Eesti_Uliopilaste_Seltsi_vilistlaskogu, lk 5
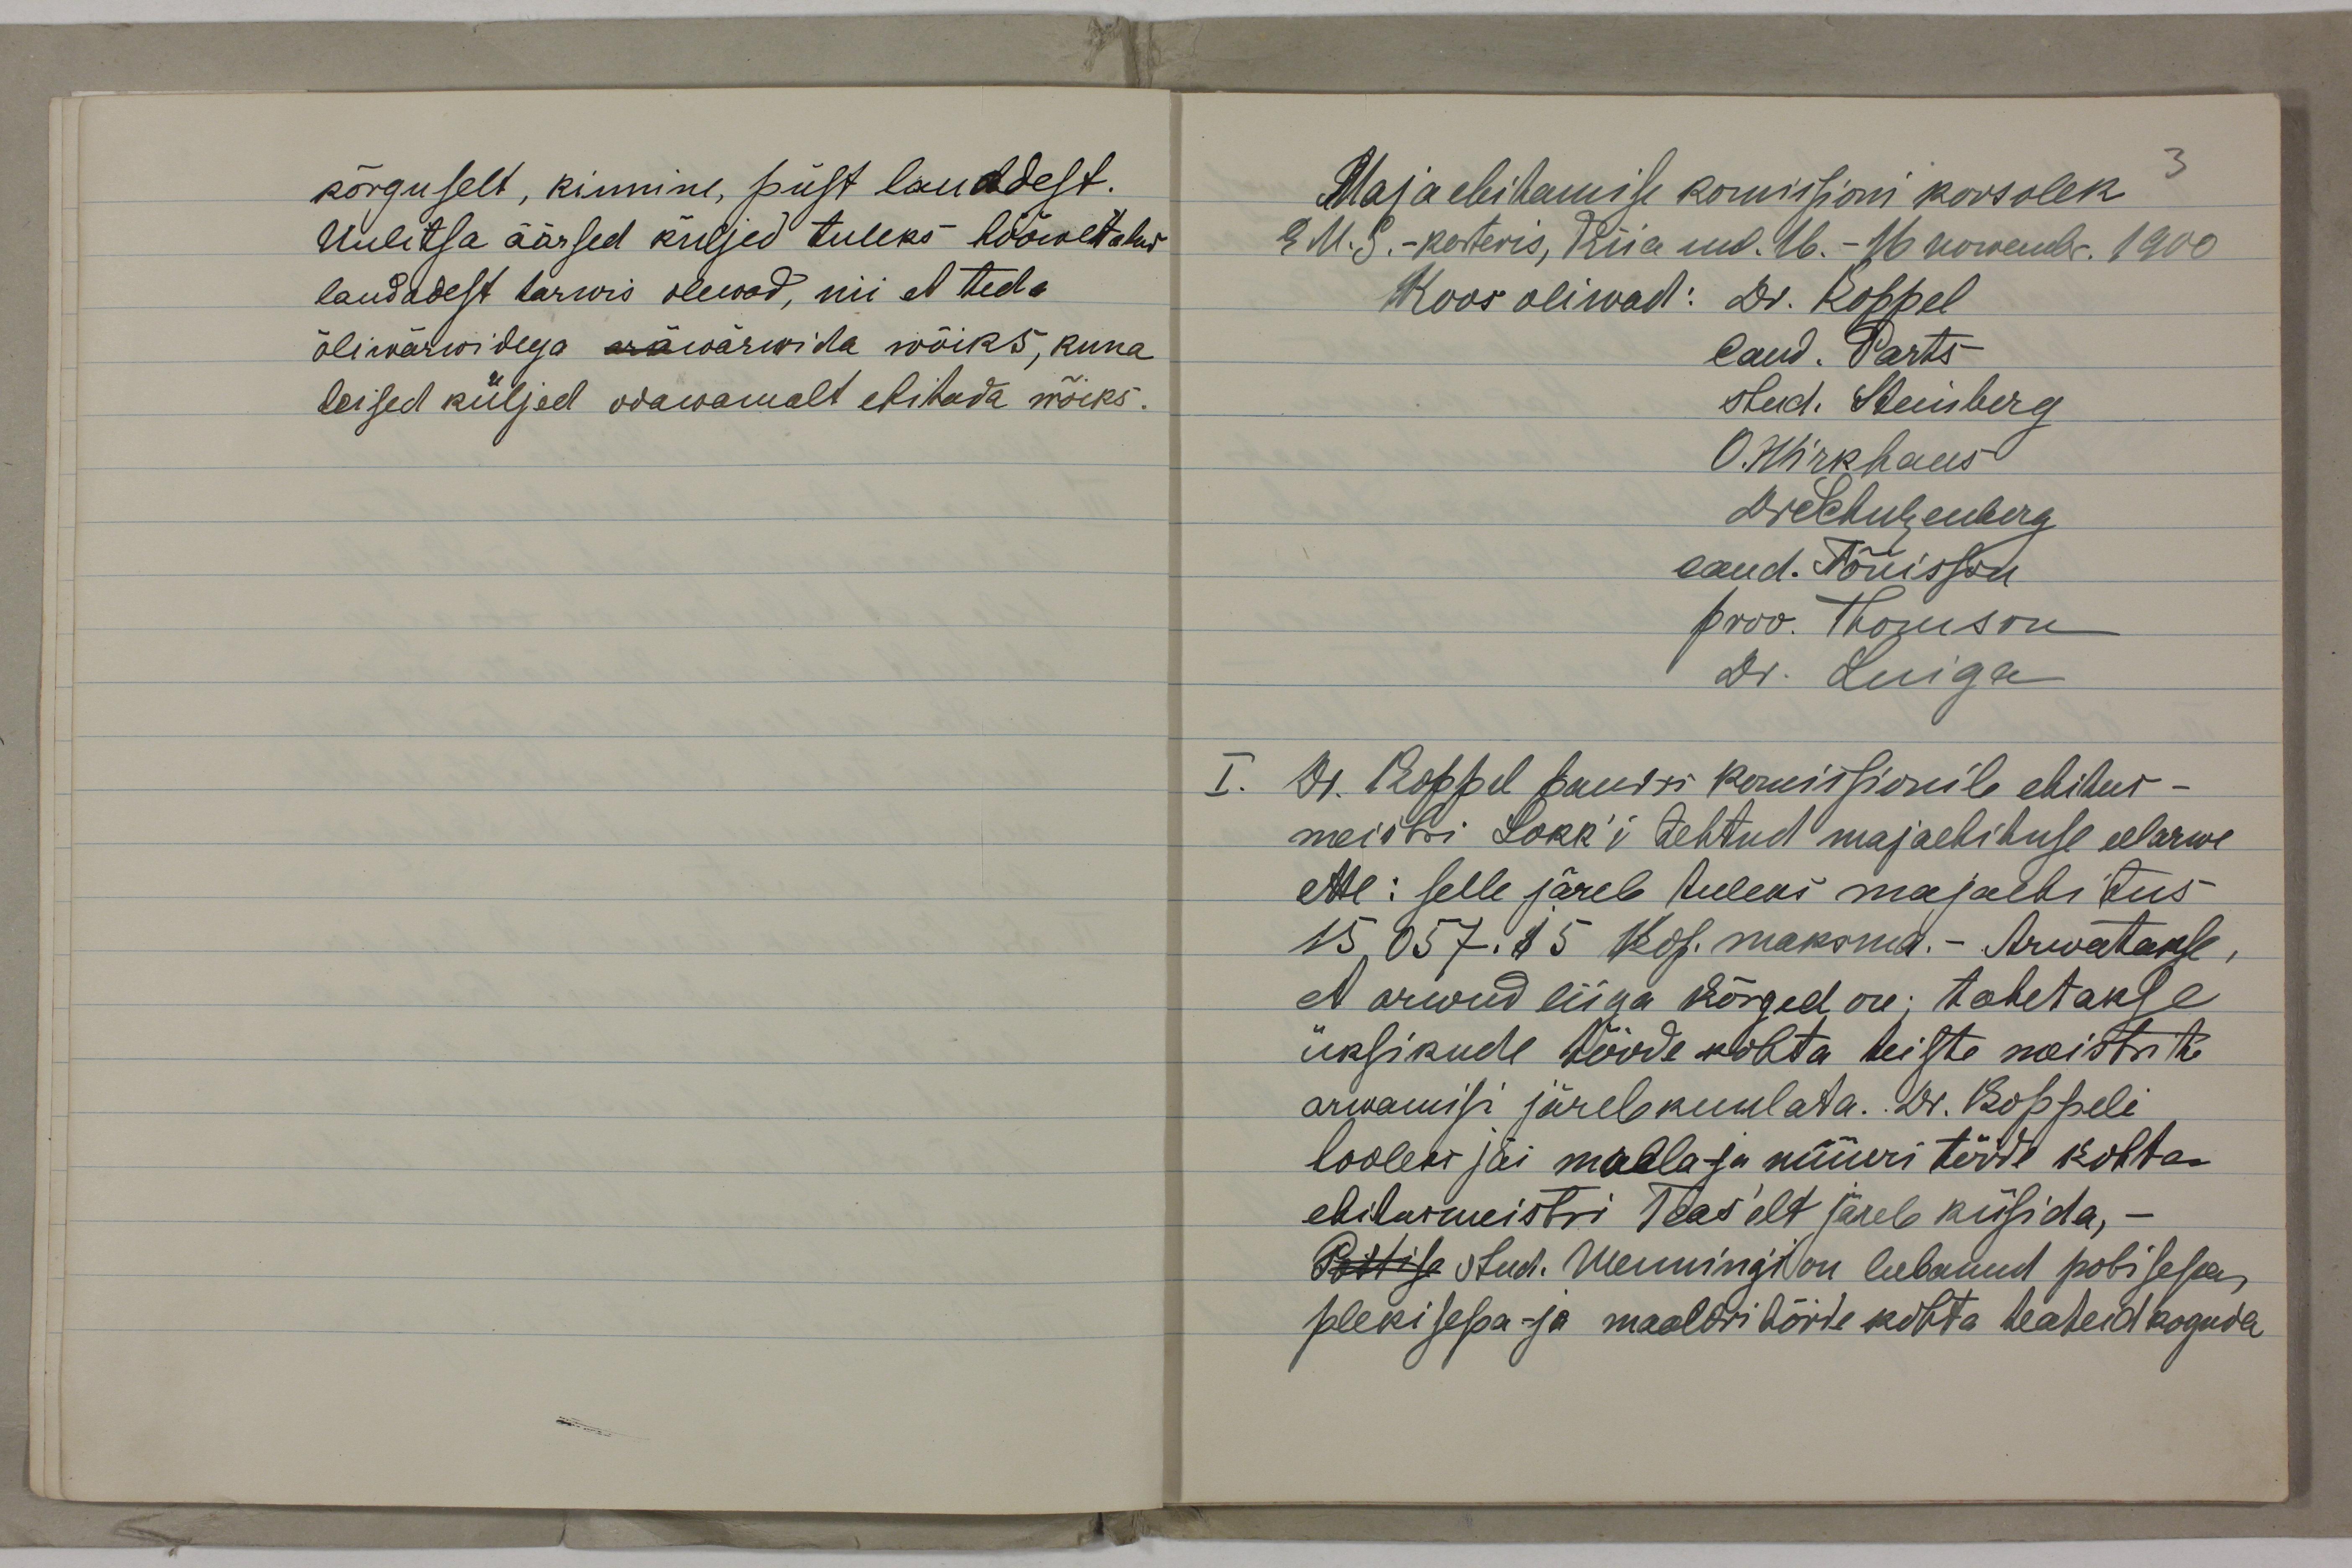
kõrguselt, kinnine, püst lauadest.
Uulitsa äärsed küljed tuleks hööwetatud
laudadest tarwis olewad, nii et teda
õliwärwidega aräwärwida wõiks, kuna
teised küljed odawamalt ehitada wõiks.

Maja ebihamise komisioni koosolek?2M.S.-kotteris, Riia uud. 26.- 16 rorembr. 1900Koos oliwad: Os. RoppelI. Or. Poppel paudri poruisfionile ehihur-meistri Lokk'i tehtud majaehihuse eelarweette: selle järeb huleks majalbi tus-15,857.45 kop.maksnd.- Arwatakle,et arwud liiga kõrged on; tahetakseüksikude tööde kohta teiste noistntaarwamisi järelkuulata. Or. Poppeliloolek jäi maalaja nüüri tööde kohha-ebiturmeistri Teas elt järeb küsida, -Põttise otud. Meenningi on lubanud pobisessa,plekisesa- ja maaldsi kõrde kohta heaheid loguda